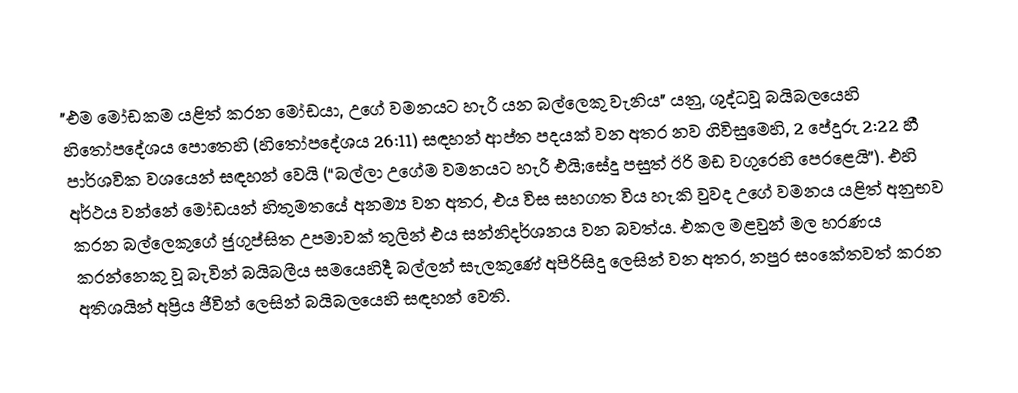
"එම මෝඩකම යළිත් කරන මෝඩයා, උගේ වමනයට හැරී යන බල්ලෙකු වැනිය" යනු,  ශුද්ධවූ බයිබලයෙහි හිතෝපදේශය පොතෙහි (හිතෝපදේශය 26:11) සඳහන් ආප්ත පදයක් වන අතර නව ගිවිසුමෙහි, 2 පේදුරු 2:22 හී පාර්ශවික වශයෙන් සඳහන් වෙයි (“බල්ලා උගේම වමනයට හැරී එයි;සේදූ පසුත් ඊරි මඩ වගුරෙහි පෙරළෙයි”). එහි අර්ථය වන්නේ මෝඩයන් හිතුමතයේ අනම්‍ය වන අතර, එය විස සහගත විය හැකි වුවද උගේ  වමනය යළිත් අනුභව කරන බල්ලෙකුගේ ජුගුප්සිත උපමාවක් තුලින් එය සන්නිදර්ශනය වන බවත්ය. එකල මළවුන් මල හරණය කරන්නෙකු වූ බැවින් බයිබලීය සමයෙහිදී බල්ලන් සැලකුණේ අපිරිසිදු ලෙසින් වන අතර,  නපුර සංකේතවත් කරන අතිශයින් අප්‍රිය ජීවින් ලෙසින් බයිබලයෙහි සඳහන් වෙති.